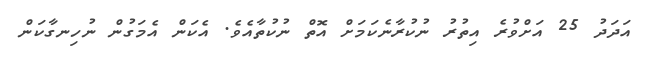
އަދަދު 25 އަށްވުރެ އިތުރު ނުކުރާނެކަމަށް އޮތް ނުކުތާއެވެ. އެކަން އެމަގުން ނުހިނގާކަން